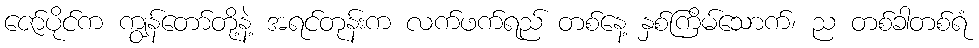
ဇော်ပိုင်က ကျွန်တော်တို့နဲ့ အရင်တုန်းက လက်ဖက်ရည် တစ်နေ့ နှစ်ကြိမ်သောက်၊ ည တစ်ခါတစ်ရံ